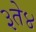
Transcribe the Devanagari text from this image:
३ते४